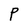
Character: P